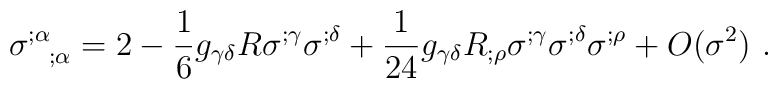
\sigma ^{;\alpha}_{~~;\alpha }=2-\frac{1}{6}g_{\gamma \delta }R \sigma ^{;\gamma }\sigma ^{;\delta }+\frac{1}{24} g_{\gamma\delta} R_{;\rho }\sigma ^{;\gamma }\sigma ^{;\delta } \sigma^{;\rho}+O(\sigma^2)~.